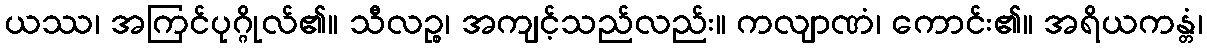
ယဿ၊ အကြင်ပုဂ္ဂိုလ်၏။ သီလဉ္စ၊ အကျင့်သည်လည်း။ ကလျာဏံ၊ ကောင်း၏။ အရိယကန္တံ၊